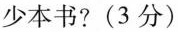
少本书?(3分)